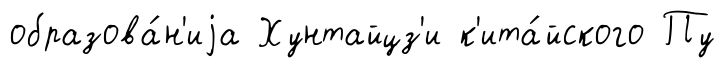
образова́н'иjа Хунтайцз'и к'ита́йского Пу